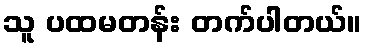
သူ ပထမတန်း တက်ပါတယ်။